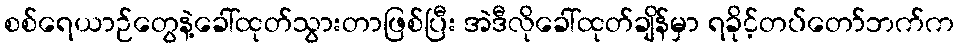
စစ်ရေယာဉ်တွေနဲ့ခေါ်ထုတ်သွားတာဖြစ်ပြီး အဲဒီလိုခေါ်ထုတ်ချိန်မှာ ရခိုင့်တပ်တော်ဘက်က